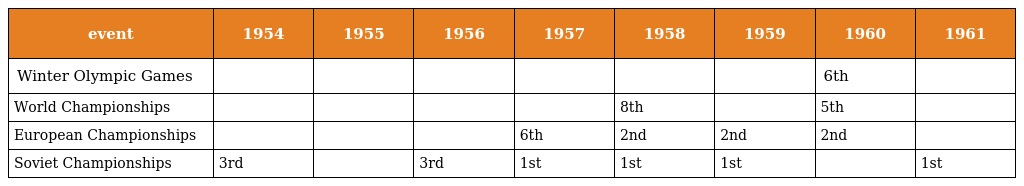
| event | 1954 | 1955 | 1956 | 1957 | 1958 | 1959 | 1960 | 1961 |
 | --- | --- | --- | --- | --- | --- | --- | --- | --- |
 | Winter Olympic Games |  |  |  |  |  |  | 6th |  |
 | World Championships |  |  |  |  | 8th |  | 5th |  |
 | European Championships |  |  |  | 6th | 2nd | 2nd | 2nd |  |
 | Soviet Championships | 3rd |  | 3rd | 1st | 1st | 1st |  | 1st |